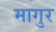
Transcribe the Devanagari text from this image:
मागुर